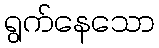
ရွက်နေသော